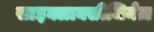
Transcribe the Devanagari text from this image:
साइक्लाक्सीजिनेज़